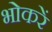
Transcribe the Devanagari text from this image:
भोकरें